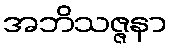
အဘိသဇ္ဇနာ